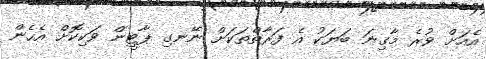
އެއަށް ވުރެ މާގިނަ ބަޔަކު އެ ފަރާތްތަކަށް ނޭނގި ޕާޓީން ވަކިކޮށް އެހެން